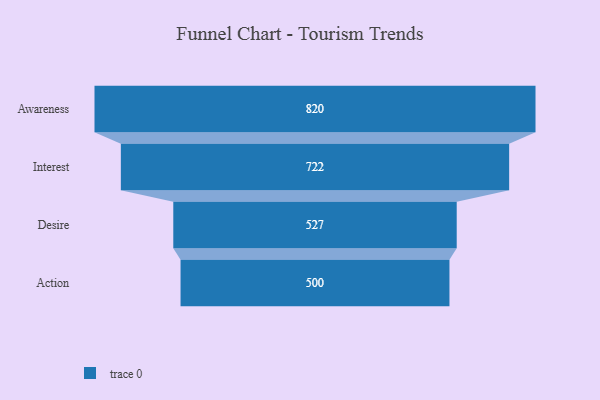
{"axis": {"x": "Stage", "y": "Value"}, "legend": [""], "data": [{"x": "Awareness", "y": 820.0, "type": ""}, {"x": "Interest", "y": 722.0, "type": ""}, {"x": "Desire", "y": 527.0, "type": ""}, {"x": "Action", "y": 500, "type": ""}]}